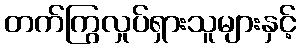
တက်ကြွလှုပ်ရှားသူများနှင့်